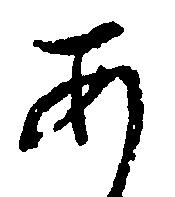
あ